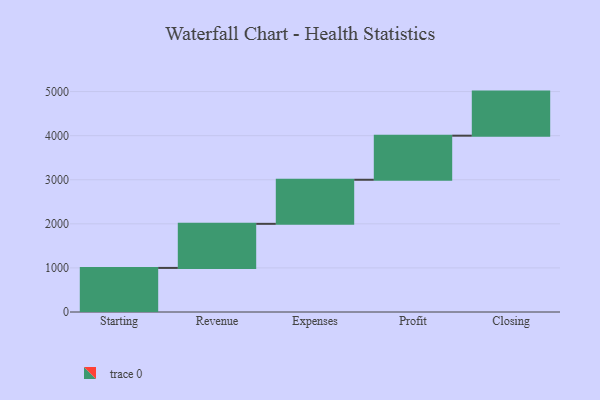
{"axis": {"x": "Step", "y": "Value"}, "legend": [""], "data": [{"x": "Starting", "y": 1000, "type": ""}, {"x": "Revenue", "y": 1000, "type": ""}, {"x": "Expenses", "y": 1000, "type": ""}, {"x": "Profit", "y": 1000, "type": ""}, {"x": "Closing", "y": 1000, "type": ""}]}